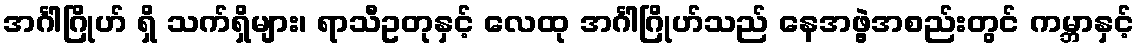
အင်္ဂါဂြိုဟ် ရှိ သက်ရှိများ၊ ရာသီဥတုနှင့် လေထု အင်္ဂါဂြိုဟ်သည် နေအဖွဲ့အစည်းတွင် ကမ္ဘာနှင့်